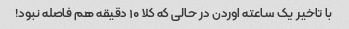
با تاخیر یک ساعته اوردن در حالی که کلا ۱۰ دقیقه هم فاصله نبود!